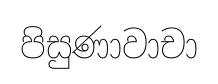
පිසුණාවාචා